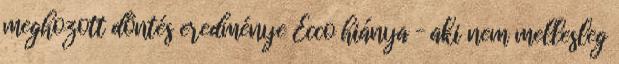
meghozott döntés eredménye Ecco hiánya – aki nem mellesleg